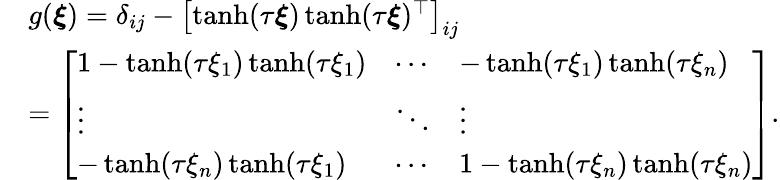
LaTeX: \begin{array}{rl}&{g(\boldsymbol{\xi})=\delta_{ij}-\left[\operatorname{tanh}(\tau\boldsymbol{\xi})\operatorname{tanh}(\tau\boldsymbol{\xi})^{\top}\right]_{ij}}\\ &{=\left[\begin{array}{lll}{1-\operatorname{tanh}(\tau\xi_{1})\operatorname{tanh}(\tau\xi_{1})}&{\cdots}&{-\operatorname{tanh}(\tau\xi_{1})\operatorname{tanh}(\tau\xi_{n})}\\ {\vdots}&{\ddots}&{\vdots}\\ {-\operatorname{tanh}(\tau\xi_{n})\operatorname{tanh}(\tau\xi_{1})}&{\cdots}&{1-\operatorname{tanh}(\tau\xi_{n})\operatorname{tanh}(\tau\xi_{n})}\end{array}\right].}\end{array}